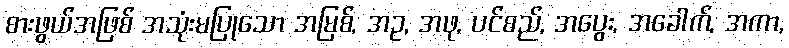
စားဖွယ်အဖြစ် အသုံးမပြုသော အမြစ်, အဥ, အဖု, ပင်စည်, အပွေး, အခေါက်, အကာ,